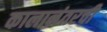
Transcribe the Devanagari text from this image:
कालानंतरची